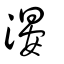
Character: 𣺂